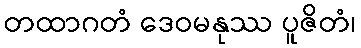
တထာဂတံ ဒေဝမနုဿ ပူဇိတံ၊